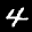
Digit: 4